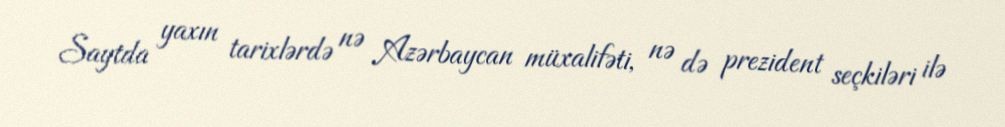
Saytda yaxın tarixlərdə nə Azərbaycan müxalifəti, nə də prezident seçkiləri ilə